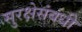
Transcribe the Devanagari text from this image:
सुरक्षेसंबंधी